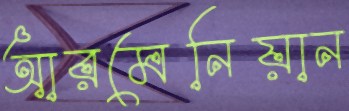
আরমেনিয়ান